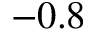
- 0 . 8